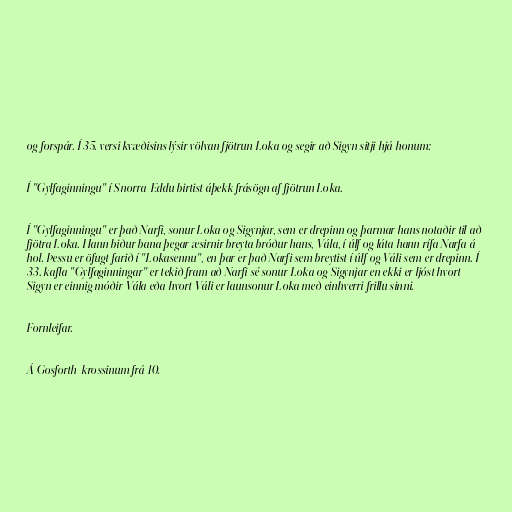
og forspár. Í 35. versi kvæðisins lýsir völvan fjötrun Loka og segir að Sigyn sitji hjá honum:

Í "Gylfaginningu" í Snorra-Eddu birtist áþekk frásögn af fjötrun Loka.

Í "Gylfaginningu" er það Narfi, sonur Loka og Sigynjar, sem er drepinn og þarmar hans notaðir til að
fjötra Loka. Hann biður bana þegar æsirnir breyta bróður hans, Vála, í úlf og láta hann rífa Narfa á
hol. Þessu er öfugt farið í "Lokasennu", en þar er það Narfi sem breytist í úlf og Váli sem er drepinn. Í
33. kafla "Gylfaginningar" er tekið fram að Narfi sé sonur Loka og Sigynjar en ekki er ljóst hvort
Sigyn er einnig móðir Vála eða hvort Váli er launsonur Loka með einhverri frillu sinni.

Fornleifar.

Á Gosforth-krossinum frá 10.